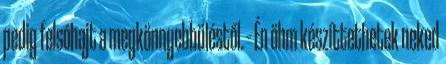
pedig felsóhajt a megkönnyebbüléstől. – Én öhm készíttethetek neked